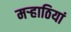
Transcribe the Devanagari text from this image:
मऱ्हाठियां